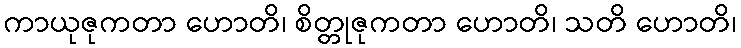
ကာယုဇုကတာ ဟောတိ၊ စိတ္တုဇုကတာ ဟောတိ၊ သတိ ဟောတိ၊